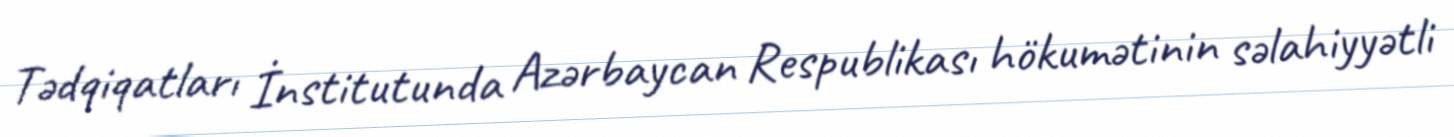
Tədqiqatları İnstitutunda Azərbaycan Respublikası hökumətinin səlahiyyətli